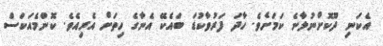
އެކަނި ދޫކޮށްނުލާނެ ކަމަށެވެ. ހާދަ ފަރުވާކުޑަ ބައެކޭ އެނާގެ ހިތަށް އެރިއެވެ. ކޮންމެއަކަސް